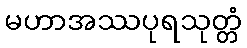
မဟာအဿပုရသုတ္တံ